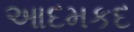
આદમકદ